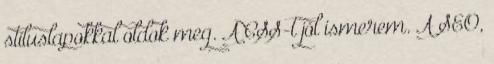
stíluslapokkal oldok meg. A CSS-t jól ismerem. A SEO,